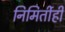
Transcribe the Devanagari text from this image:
निमिर्तीही